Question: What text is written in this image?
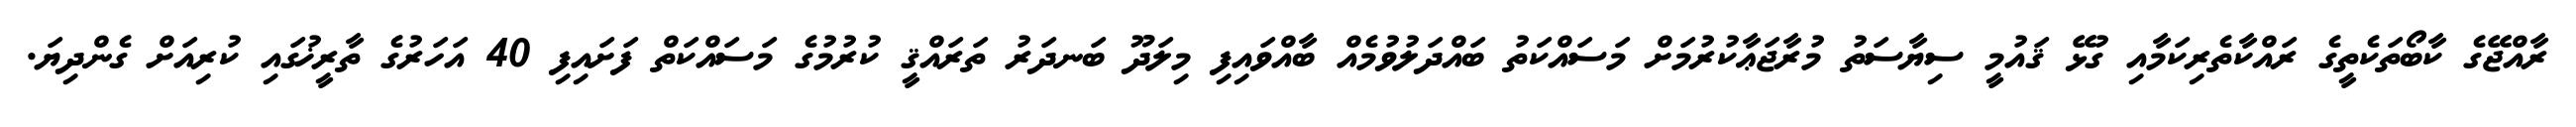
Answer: ރާއްޖޭގެ ކާބޯތަކެތީގެ ރައްކާތެރިކަމާއި ގުޅޭ ޤައުމީ ސިޔާސަތު މުރާޖަޢާކުރުމަށް މަސައްކަތު ބައްދަލުވުމެއް ބާއްވައިފި މިލަދޫ ބަނދަރު ތަރައްޤީ ކުރުމުގެ މަސައްކަތް ފަށައިފި 40 އަހަރުގެ ތާރީޚުގައި ކުރިއަށް ގެންދިޔަ.